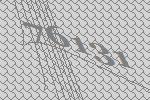
76131